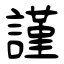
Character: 謹